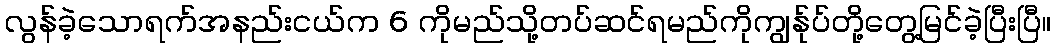
လွန်ခဲ့သောရက်အနည်းငယ်က 6 ကိုမည်သို့တပ်ဆင်ရမည်ကိုကျွန်ုပ်တို့တွေ့မြင်ခဲ့ပြီးပြီ။